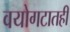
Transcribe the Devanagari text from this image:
वयोगटातही